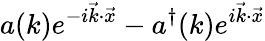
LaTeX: a(k)e^{-i\vec{k}\cdot\vec{x}}-a^{\dagger}(k)e^{i\vec{k}\cdot\vec{x}}